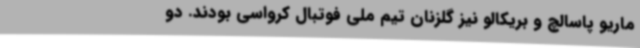
ماریو پاسالچ و بریکالو نیز گلزنان تیم ملی فوتبال کرواسی بودند. دو